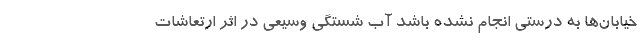
خیابان‌ها به درستی انجام نشده باشد آب شستگی وسیعی در اثر ارتعاشات